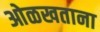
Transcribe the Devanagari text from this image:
ओळखताना